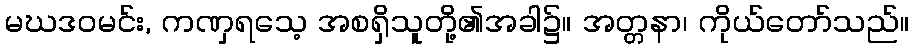
မဃဒဝမင်း, ကဏှရသေ့ အစရှိသူတို့၏အခါ၌။ အတ္တနာ၊ ကိုယ်တော်သည်။